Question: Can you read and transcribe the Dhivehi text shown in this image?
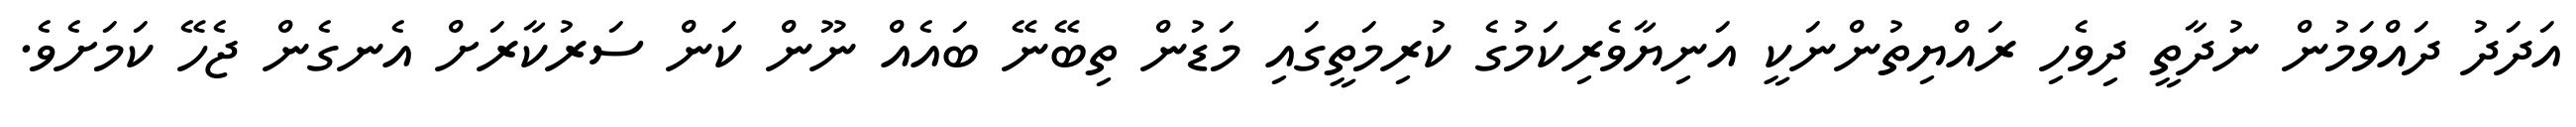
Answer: އަދަދު ދައްވަމުން ނުދާތީ ދިވެހި ރައްޔިތުންނަކީ އަނިޔާވެރިކަމުގެ ކުރިމަތީގައި މަޑުން ތިބޭނޭ ބައެއް ނޫން ކަން ސަރުކާރަށް އެނގެން ޖެހޭ ކަމަށެވެ.